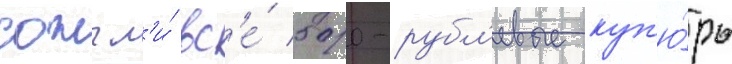
сожгл'и́ вс'е́ 500-рубл'евые куп'ю́ры